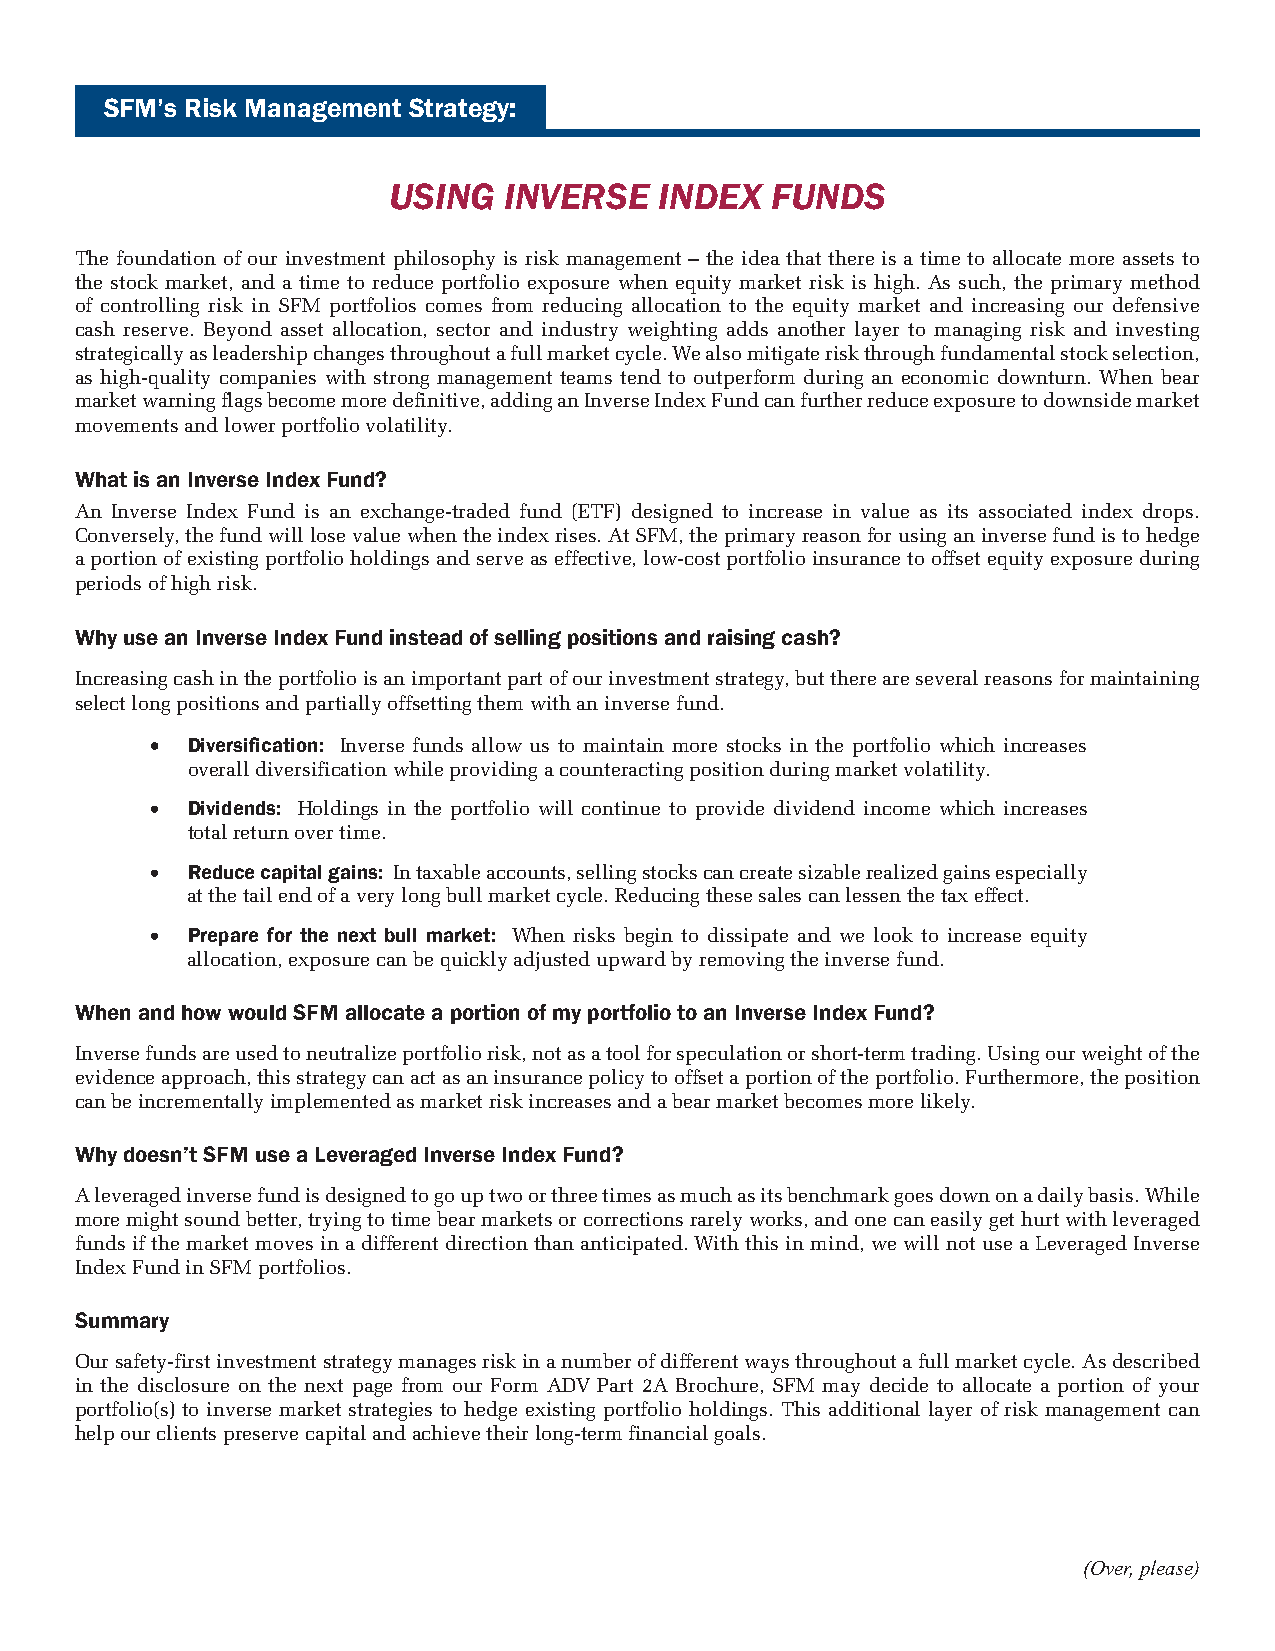
SFM’s Risk Management Strategy:
 USING  INVERSE    INDEX  FUNDS
 The foundation of our investment philosophy is risk management – the idea that there is a time to allocate more assets to
 the stock market, and a time to reduce portfolio exposure when equity market risk is high. As such, the primary method
 of controlling risk in SFM portfolios comes from reducing allocation to the equity market and increasing our defensive
 cash reserve. Beyond asset allocation, sector and industry weighting adds another layer to managing risk and investing
 strategically as leadership changes throughout a full market cycle. We also mitigate risk through fundamental stock selection,
 as high-quality companies with strong management teams tend to outperform during an economic downturn. When bear
 market warning flags become more definitive, adding an Inverse Index Fund can further reduce exposure to downside market
 movements and lower portfolio volatility.
 What is an Inverse Index Fund?
 An Inverse Index Fund is an exchange-traded fund (ETF) designed to increase in value as its associated index drops.
 Conversely, the fund will lose value when the index rises. At SFM, the primary reason for using an inverse fund is to hedge
 a portion of existing portfolio holdings and serve as effective, low-cost portfolio insurance to offset equity exposure during
 periods of high risk.
 Why use an Inverse Index Fund instead of selling positions and raising cash?
 Increasing cash in the portfolio is an important part of our investment strategy, but there are several reasons for maintaining
 select long positions and partially offsetting them with an inverse fund.
 • Diversification: Inverse funds allow us to maintain more stocks in the portfolio which increases
 overall diversification while providing a counteracting position during market volatility.
 • Dividends: Holdings in the portfolio will continue to provide dividend income which increases
 total return over time.
 • Reduce capital gains: In taxable accounts, selling stocks can create sizable realized gains especially
 at the tail end of a very long bull market cycle. Reducing these sales can lessen the tax effect.
 • Prepare for the next bull market: When risks begin to dissipate and we look to increase equity
 allocation, exposure can be quickly adjusted upward by removing the inverse fund.
 When and how would SFM allocate a portion of my portfolio to an Inverse Index Fund?
 Inverse funds are used to neutralize portfolio risk, not as a tool for speculation or short-term trading. Using our weight of the
 evidence approach, this strategy can act as an insurance policy to offset a portion of the portfolio. Furthermore, the position
 can be incrementally implemented as market risk increases and a bear market becomes more likely.
 Why doesn’t SFM use a Leveraged Inverse Index Fund?
 A leveraged inverse fund is designed to go up two or three times as much as its benchmark goes down on a daily basis. While
 more might sound better, trying to time bear markets or corrections rarely works, and one can easily get hurt with leveraged
 funds if the market moves in a different direction than anticipated. With this in mind, we will not use a Leveraged Inverse
 Index Fund in SFM portfolios.
 Summary
 Our safety-first investment strategy manages risk in a number of different ways throughout a full market cycle. As described
 in the disclosure on the next page from our Form ADV Part 2A Brochure, SFM may decide to allocate a portion of your
 portfolio(s) to inverse market strategies to hedge existing portfolio holdings. This additional layer of risk management can
 help our clients preserve capital and achieve their long-term financial goals.
 (Over, please)